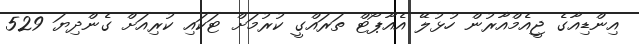
އިންޑިއާގެ ޖީއެމްއާރުން ހުޅުލޭ އެއާޕޯޓް ތަރައްގީ ކުރުމަށް ޓަކައި ކުރިއަށް ގެންދިޔަ 529